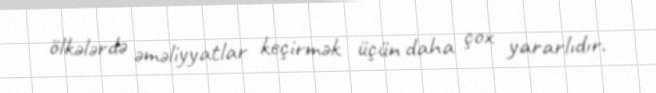
ölkələrdə əməliyyatlar keçirmək üçün daha çox yararlıdır.